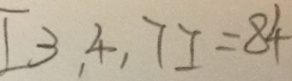
[ 3 , 4 , 7 ] = 8 4